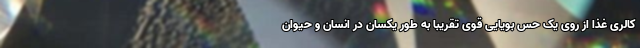
کالری غذا از روی یک حس بویایی قوی تقریبا به طور یکسان در انسان و حیوان